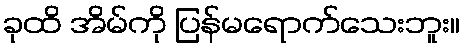
ခုထိ အိမ်ကို ပြန်မရောက်သေးဘူး။